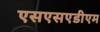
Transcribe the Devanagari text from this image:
एसएसएडीएम